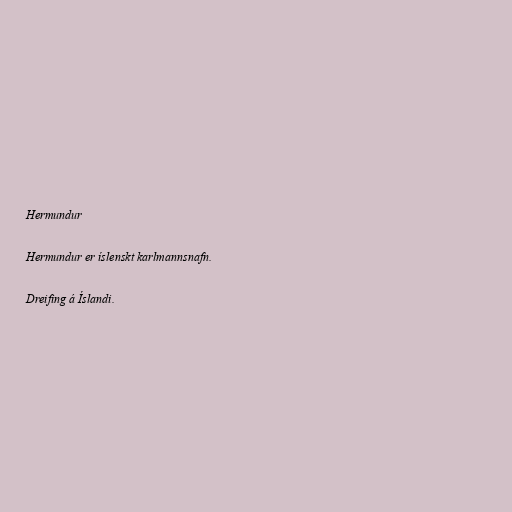
Hermundur

Hermundur er íslenskt karlmannsnafn.

Dreifing á Íslandi.